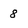
Character: 8